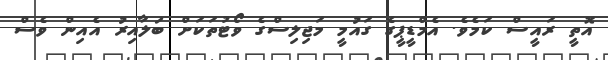
އޮތީ ރައީސް ކަމެވެ. އެމްޑީޕީގެ ގައުމީ މަޖިލިސްގެ ވޯޓުތަކަށް ބަލާއިރު އެއިން ވެސް